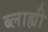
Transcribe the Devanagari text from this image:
ब्लाह्यी